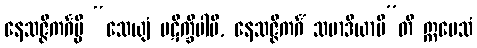
နေသဇ္ဇိကင်္ဂမ္ပိ “သေယျံ ပဋိက္ခိပါမိ, နေသဇ္ဇိကင်္ဂံ သမာဒိယာမီ”တိ ဣမေသံ